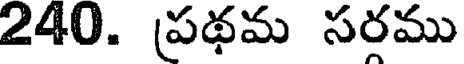
240. ప్రథమ సరము